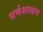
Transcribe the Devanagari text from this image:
धर्मशासन